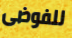
للفوضى